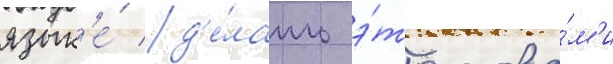
язык'е́ д'е́лать э́то слова́м'и